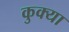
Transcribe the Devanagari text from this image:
कुक्या